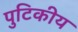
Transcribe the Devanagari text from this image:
पुटिकीय